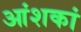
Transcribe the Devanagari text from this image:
आंशकां